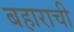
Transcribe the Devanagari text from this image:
बहाराची